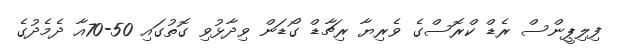
ފިލިޕީންސް ރެޑް ކްރޮސްގެ ވެރިޔާ ރިޗާޑް ގޯޑަން ވިދާޅުވި ގޮތުގައި 50-70އާ ދެމެދުގެ